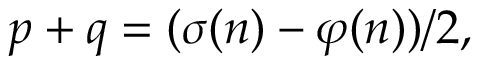
p + q = ( \sigma ( n ) - \varphi ( n ) ) / 2 ,